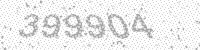
Solution: 399904